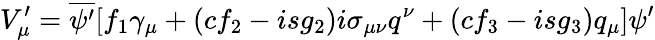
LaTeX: V_{\mu}^{\prime}=\overline{{{\psi^{\prime}}}}[f_{1}\gamma_{\mu}+(cf_{2}-isg_{2})i\sigma_{\mu\nu}q^{\nu}+(cf_{3}-isg_{3})q_{\mu}]\psi^{\prime}